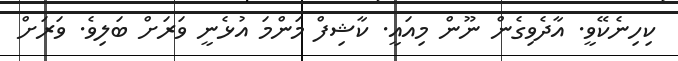
ކިހިނެކޭވީ. އާދެވިގެން ނޫން މިއައީ. ކާޝިފް މަންމަ އުޅެނީ ވަރަށް ބަލިވެ. ވަރަށް